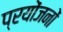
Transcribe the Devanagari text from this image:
प्रयोंजनों